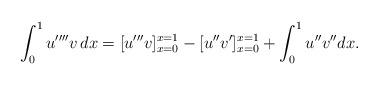
LaTeX: \begin{align*}\int_{0}^{1}u''''v\,dx=[u'''v]^{x=1}_{x=0}-[u''v']^{x=1}_{x=0}+\int_{0}^{1}u''v''dx.\end{align*}